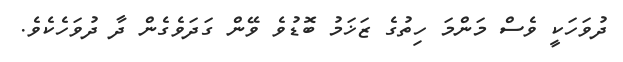
ދުވަހަކީ ވެސް މަންމަ ހިތުގެ ޒަޚަމު ބޮޑުވެ ވޭން ގަދަވެގެން ދާ ދުވަހެކެވެ.